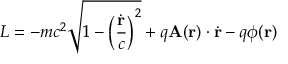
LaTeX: L = - m c ^ { 2 } { \sqrt { 1 - \left( { \frac { \dot { \mathbf { r } } } { c } } \right) ^ { 2 } } } + q \mathbf { A } ( \mathbf { r } ) \cdot { \dot { \mathbf { r } } } - q \phi ( \mathbf { r } ) \,